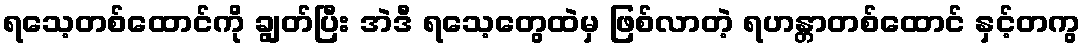
ရသေ့တစ်ထောင်ကို ချွတ်ပြီး အဲဒီ ရသေ့တွေထဲမှ ဖြစ်လာတဲ့ ရဟန္တာတစ်ထောင် နှင့်တကွ